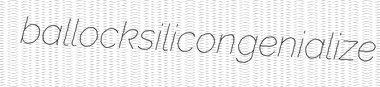
ballock silicon genialize